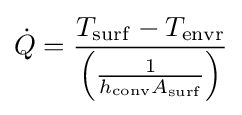
{\dot {Q}}={\frac {T_{\rm {surf}}-T_{\rm {envr}}}{\left({\frac {1}{h_{\rm {conv}}A_{\rm {surf}}}}\right)}}